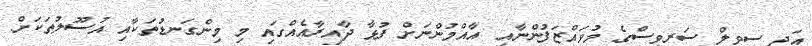
އަދި ސިވިލް ސަރވިސްގެ މުވައްޒަފުންނާއި އާއްމުންނަށް ފުޅާ ދާއިރާއެއްގައި މި މިންގަނޑުތަކާއި އުސޫލުތަކަށް